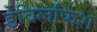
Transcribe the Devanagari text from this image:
डेविलफिश